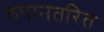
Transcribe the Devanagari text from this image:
रुपानतरित